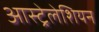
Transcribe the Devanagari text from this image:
आस्ट्रेलेशियन